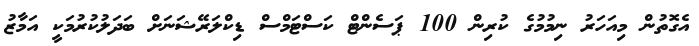
އެގޮތުން މިއަހަރު ނިމުމުގެ ކުރިން 100 ޕަސެންޓް ކަސްޓަމްސް ޑިކްލަރޭޝަނަށް ބަދަލުކުރުމަކީ އަމާޒު